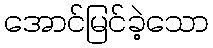
အောင်မြင်ခဲ့သော